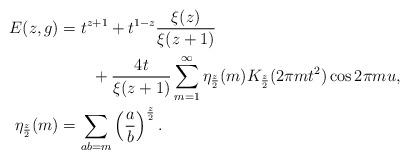
LaTeX: \begin{align*}E(z,g)&= t^{z+1}+ t^{1-z}\frac{\xi(z)}{\xi(z+1)}\\ & \qquad+\frac{4t}{\xi(z+1)} \sum_{m=1}^\infty\eta_{\frac{z}{2}}(m)K_{\frac{z}{2}}(2\pi m t^2)\cos 2\pi m u,\\\eta_{\frac{z}{2}}(m)&=\sum_{ab = m}\left(\frac{a}{b} \right)^{\frac{z}{2}}.\end{align*}